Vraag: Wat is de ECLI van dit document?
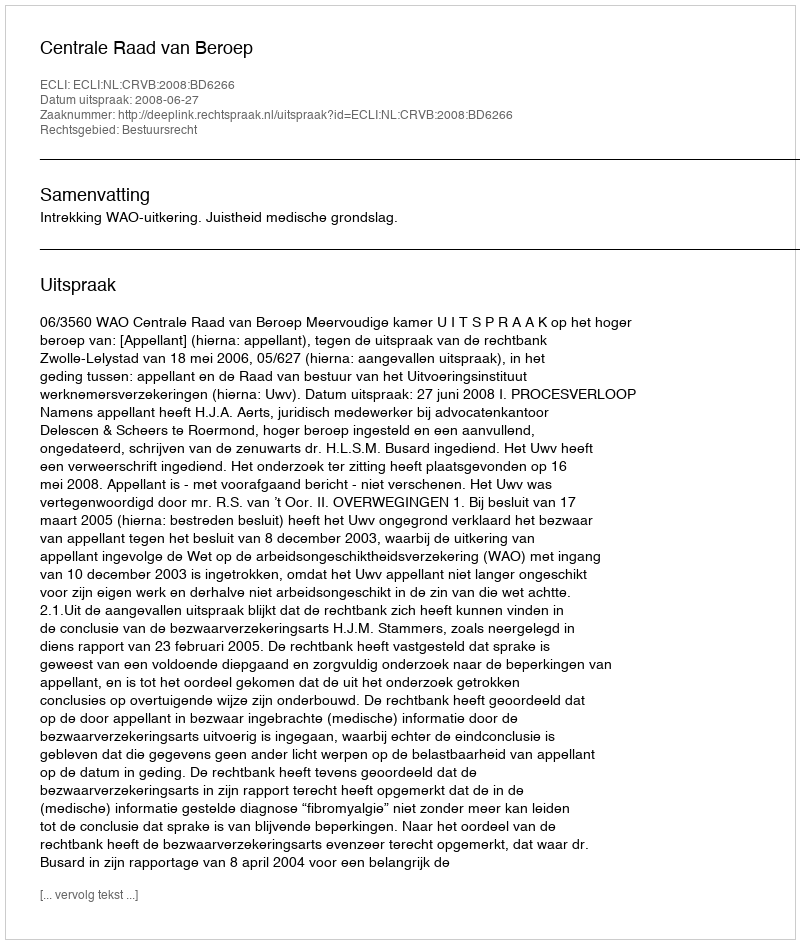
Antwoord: ECLI:NL:CRVB:2008:BD6266